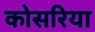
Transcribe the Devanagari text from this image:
कोसरिया